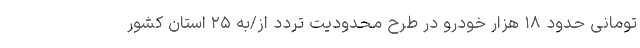
تومانی حدود ۱۸ هزار خودرو در طرح محدودیت تردد از/به ۲۵ استان کشور